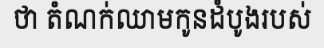
ថា តំណក់ឈាមកូនដំបូងរបស់